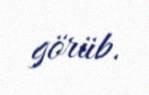
görüb.